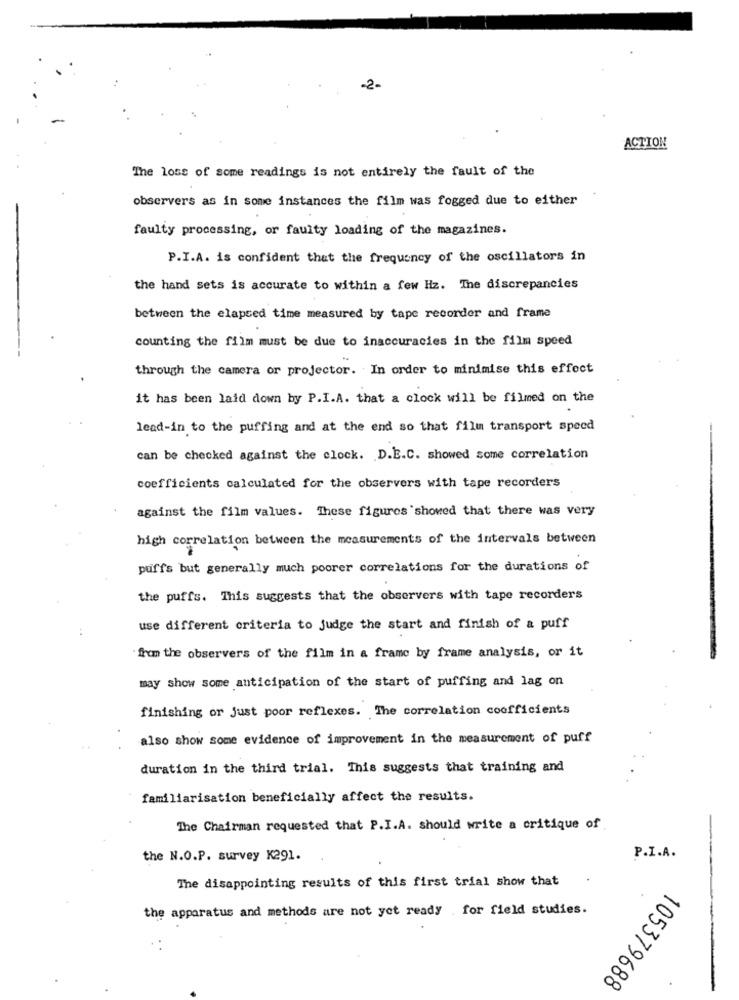
-2-
ACTION
The loss of some readings is not entirely the fault of the
observers as in some instances the film was fogged due to either
faulty processing, or faulty loading of the magazines.
P.I.A. is confident that the frequency of the oscillators in
the hand sets is accurate to within a few Hz. The discrepancies
between the elapsed time measured by tape recorder and frame
counting the film must be due to inaccuracies in the film speed
through the camera or projector. In order to minimise this effect
it has been laid down by P.I.A. that a clock will be filmed on the
lead-in to the puffing and at the end so that film transport speed
can be checked against the clock. D.E.C. showed some correlation
coefficients calculated for the observers with tape recorders
against the film values. These figures showed that there was very
high correlation between the measurements of the intervals between
puffs but generally much poorer correlations for the durations of
the puffs. This suggests that the observers with tape recorders
use different criteria to judge the start and finish of a puff
from the observers of the film in a frame by frame analysis, or it
may show some anticipation of the start of puffing and lag on
finishing or just poor reflexes. The correlation coefficients
also show some evidence of improvement in the measurement of puff
duration in the third trial. This suggests that training and
familiarisation beneficially affect the results.
The Chairman requested that P.I.A. should write a critique of
P.I.A.
the N.O.P. survey K291.
The disappointing results of this first trial show that
the apparatus and methods are not yet ready for field studies.
105379688